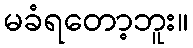
မခံရတော့ဘူး။